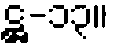
ဋ္ဌ-၁၃။